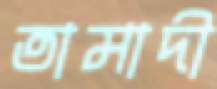
তামাদী